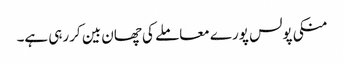
منکی پولس پورے معاملے کی چھان بین کررہی ہے۔